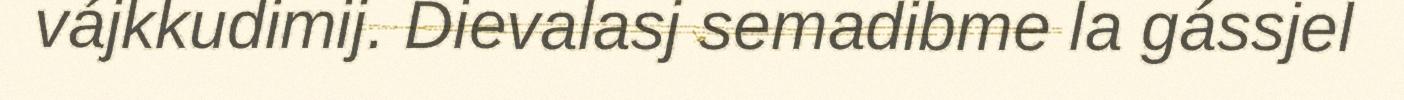
vájkkudimij. Dievalasj semadibme la gássjel